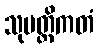
သုမတ္တိကတံ